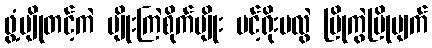
ဖွံ့ပျိုတင့်ကဲ ပျိုးကြဲစိုက်ပျိုး ပင့်ရိုးမလွဲ ပြိုကွဲပြိုပျက်